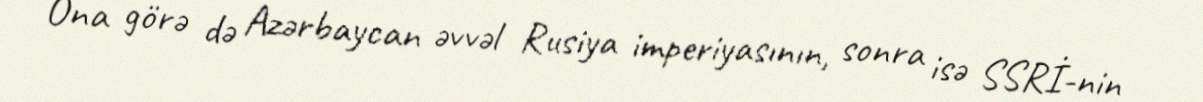
Ona görə də Azərbaycan əvvəl Rusiya imperiyasının, sonra isə SSRİ-nin